DOW-UAP-D48, Department of the Air Force Report, 1996
Agency: Department of War
Incident date: 9/10/96
Page 110
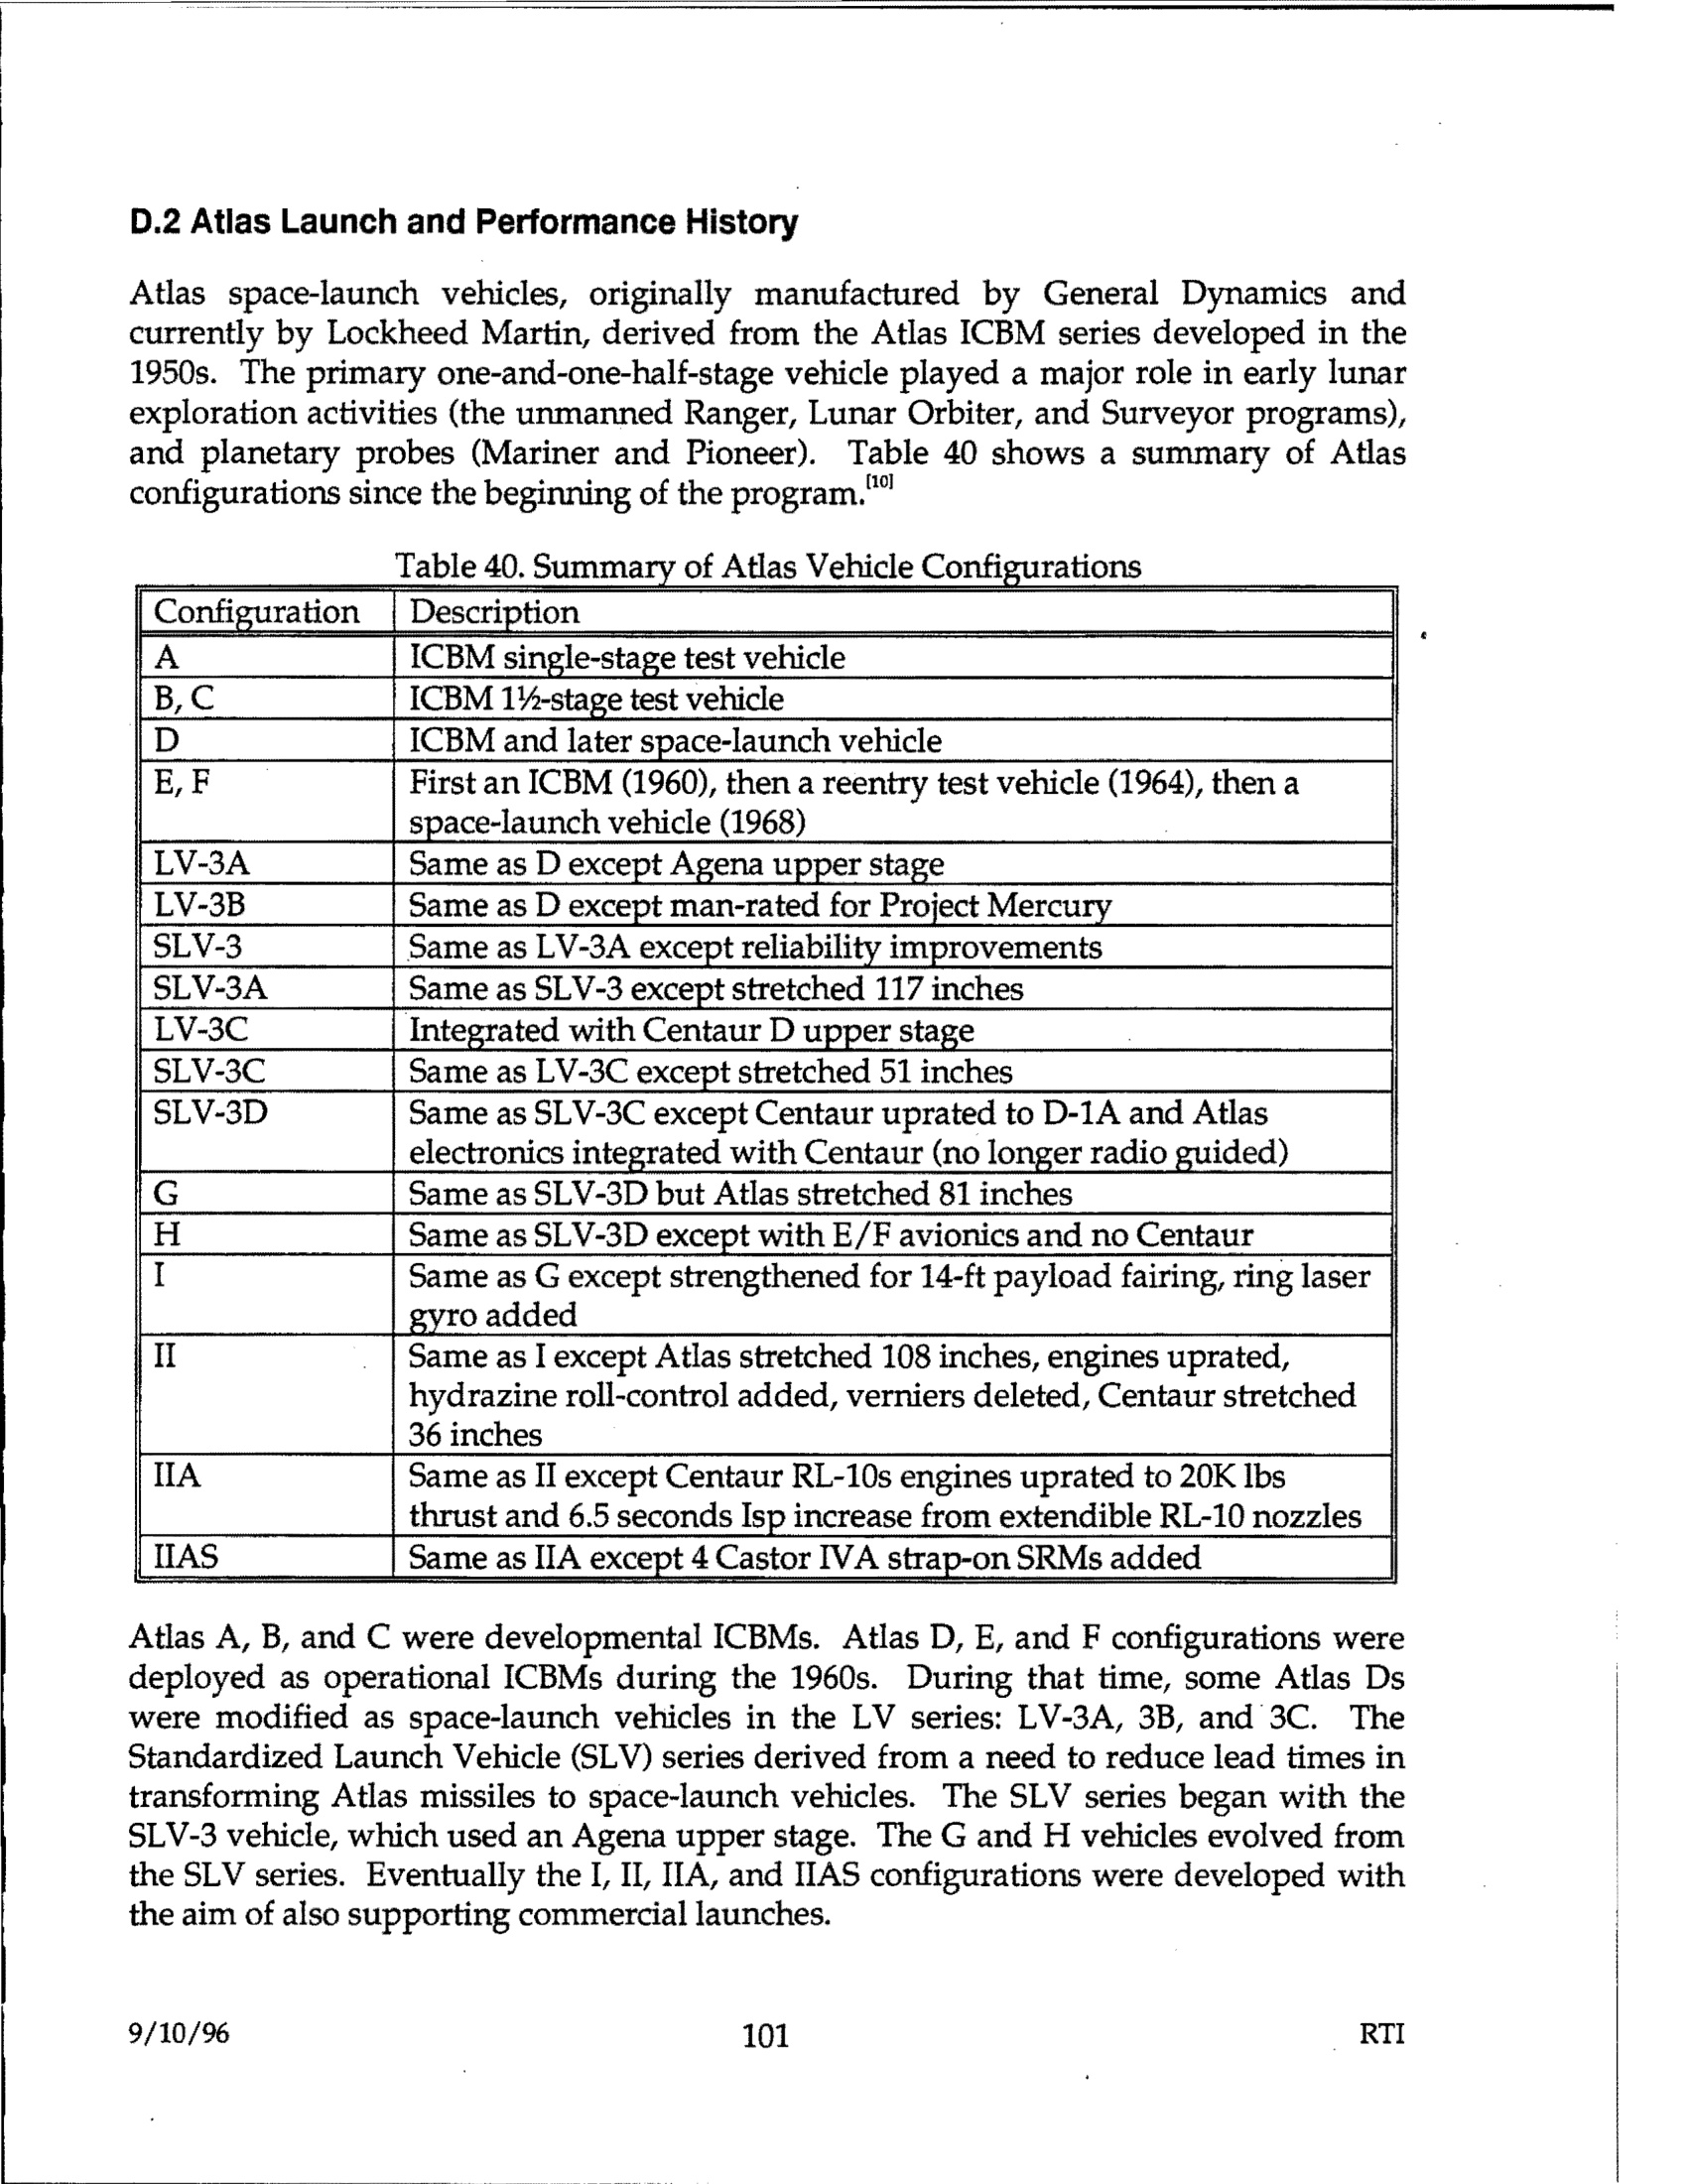